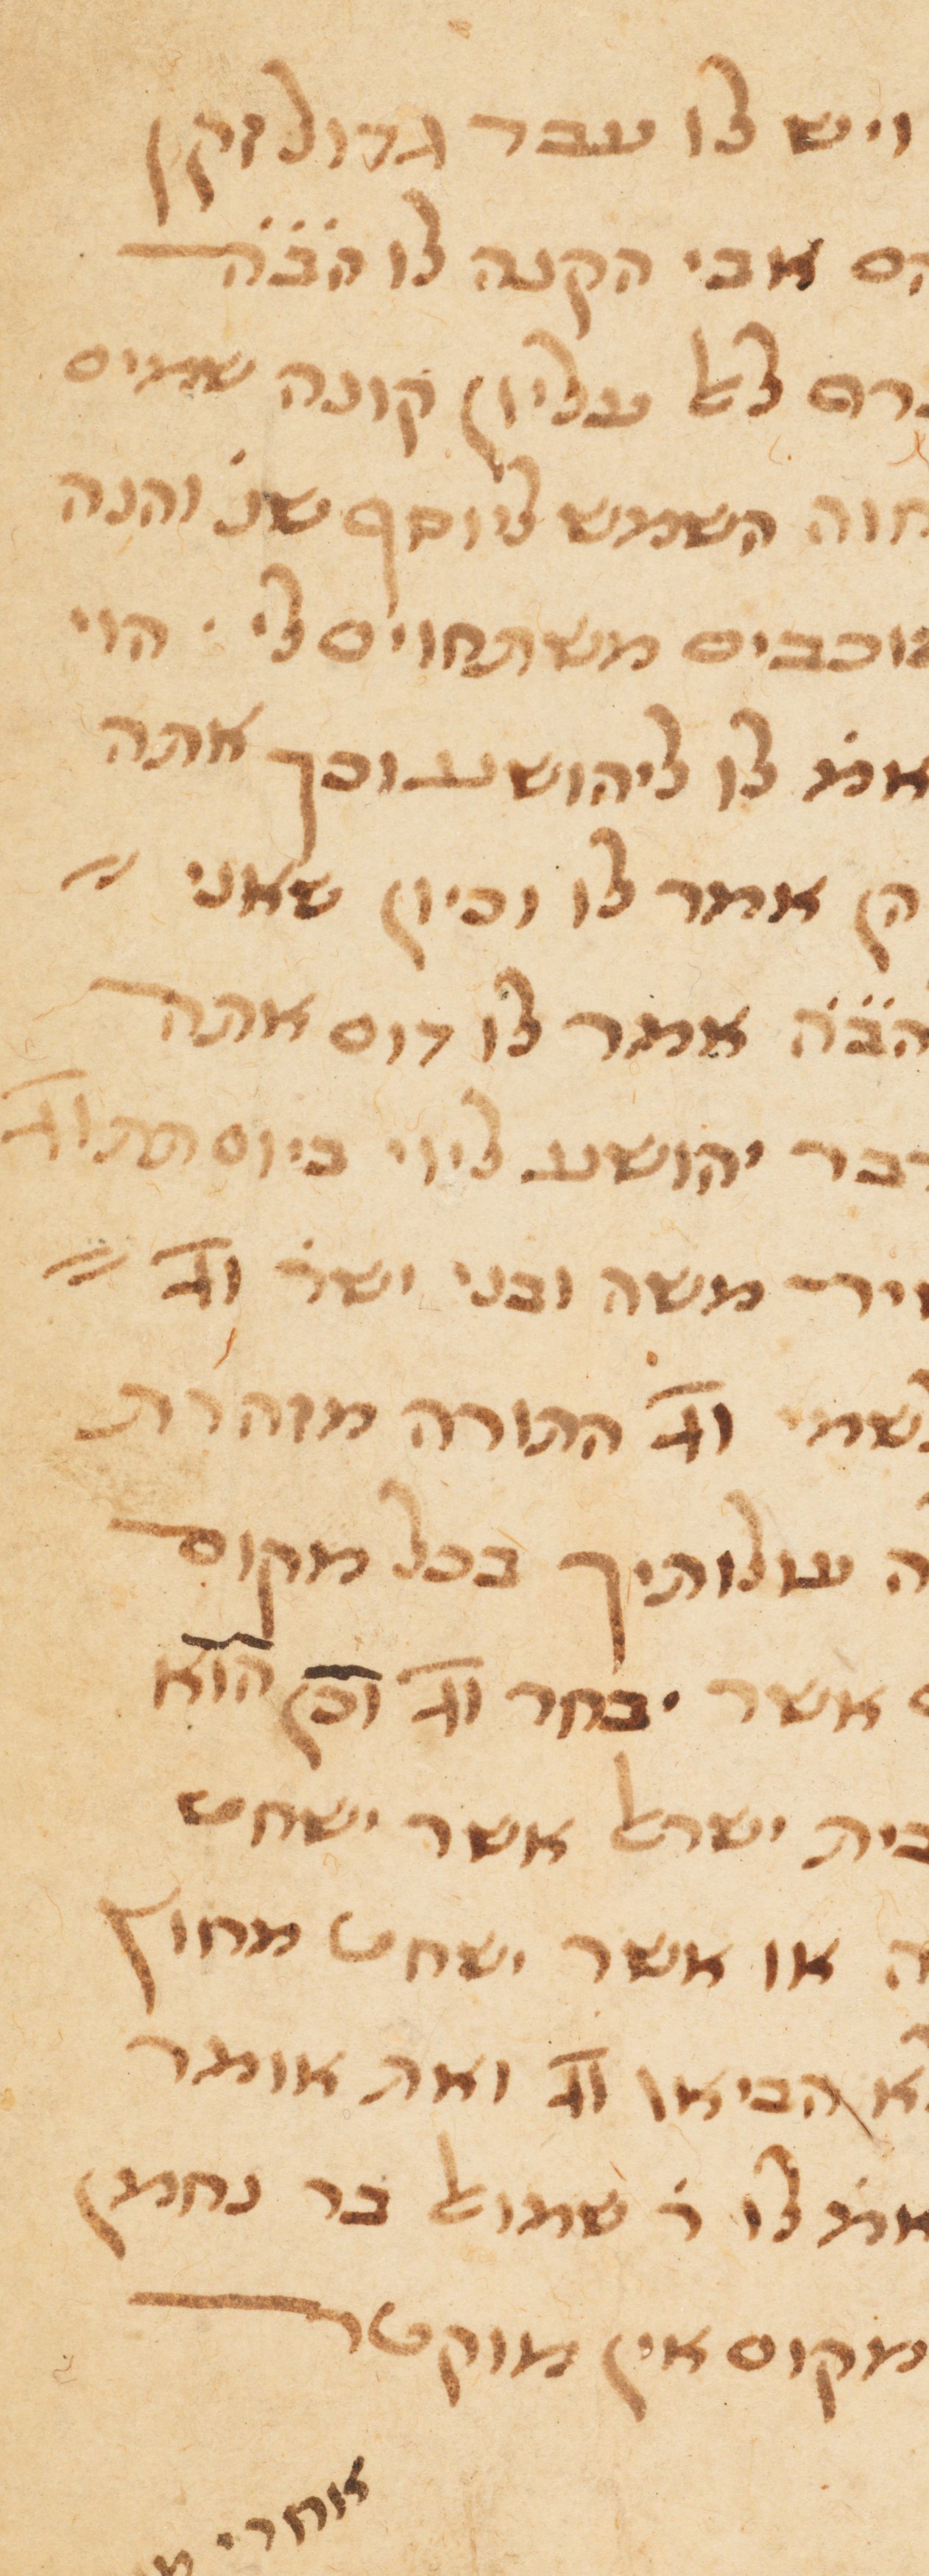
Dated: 1300–1399